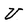
Character: U